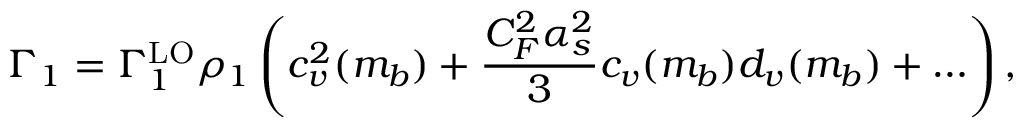
\Gamma _ { 1 } = \Gamma _ { 1 } ^ { \mathrm { L O } } \rho _ { 1 } \left( c _ { v } ^ { 2 } ( m _ { b } ) + { \frac { C _ { F } ^ { 2 } \alpha _ { s } ^ { 2 } } { 3 } } c _ { v } ( m _ { b } ) d _ { v } ( m _ { b } ) + \ldots \right) ,